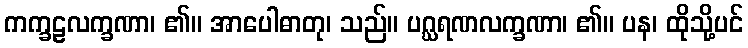
ကက္ခဠလက္ခဏာ၊ ၏။ အာပေါဓာတု၊ သည်။ ပဂ္ဃရဏလက္ခဏာ၊ ၏။ ပန၊ ထိုသို့ပင်